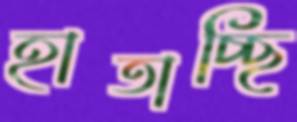
হাতাচ্ছি